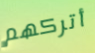
أتركهم